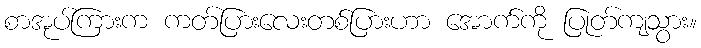
စာအုပ်ကြားက ကတ်ပြားလေးတစ်ပြားဟာ အောက်ကို ပြုတ်ကျသွား။